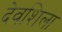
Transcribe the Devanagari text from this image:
देवशिला